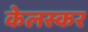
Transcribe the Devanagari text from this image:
केलस्कर